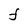
Character: F